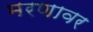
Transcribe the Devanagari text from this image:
मरणावर